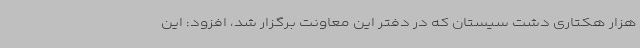
هزار هکتاری دشت سیستان که در دفتر این معاونت برگزار شد، افزود: این